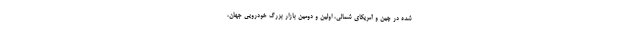
شده در چین و آمریکای شمالی، اولین و دومین بازار بزرگ خودرویی جهان،